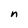
Character: n